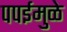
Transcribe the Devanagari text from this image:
पपईमुळे